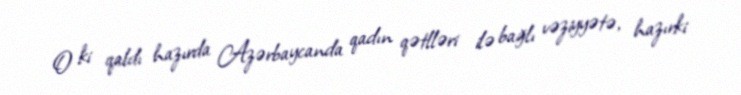
O ki qaldı hazırda Azərbaycanda qadın qətlləri ilə bağlı vəziyyətə, hazırki